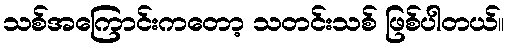
သစ်အကြောင်းကတော့ သတင်းသစ် ဖြစ်ပါတယ်။